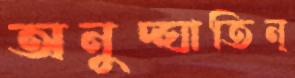
অনুদ্ঘাতিন্